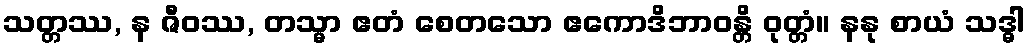
သတ္တဿ, န ဇီဝဿ, တသ္မာ ဧတံ စေတသော ဧကောဒိဘာဝန္တိ ဝုတ္တံ။ နနု စာယံ သဒ္ဓါ